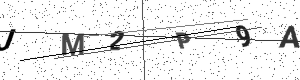
Text: JM2P9A